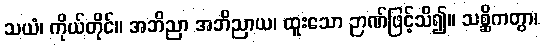
သယံ၊ ကိုယ်တိုင်။ အဘိညာ အဘိညာယ၊ ထူးသော ဉာဏ်ဖြင့်သိ၍။ သစ္ဆိကတွာ၊